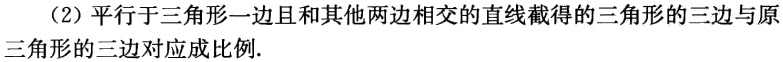
（2）平行于三角形一边且和其他两边相交的直线截得的三角形的三边与原三角形的三边对应成比例.